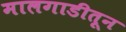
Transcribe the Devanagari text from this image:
मालगाडीतून